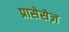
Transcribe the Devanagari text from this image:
प्रासेसेज़